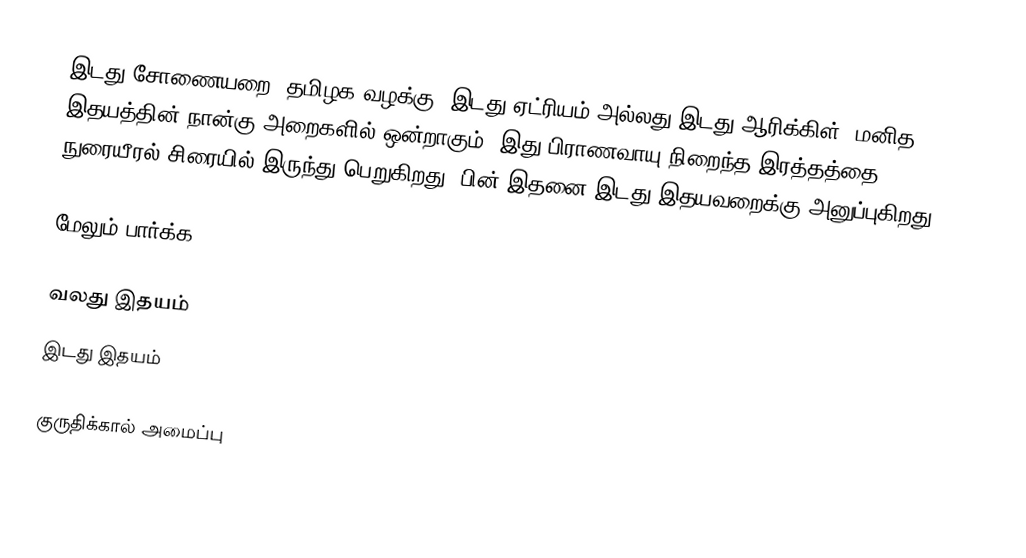
இடது சோணையறை (தமிழக வழக்கு: இடது ஏட்ரியம் அல்லது இடது ஆரிக்கிள்) மனித இதயத்தின் நான்கு அறைகளில் ஒன்றாகும். இது பிராணவாயு நிறைந்த இரத்தத்தை நுரையீரல் சிரையில் இருந்து பெறுகிறது. பின் இதனை இடது இதயவறைக்கு அனுப்புகிறது.

மேலும் பார்க்க

 வலது இதயம்
 இடது இதயம்

குருதிக்கால் அமைப்பு